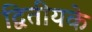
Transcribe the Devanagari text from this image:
द्वितीयके